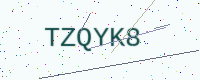
Text: TZQYK8